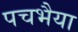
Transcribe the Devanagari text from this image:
पचभैया